Source: Handwritten
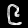
Digit: ၉ (9)